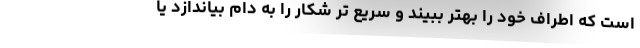
است که اطراف خود را بهتر ببیند و سریع تر شکار را به دام بیاندازد یا